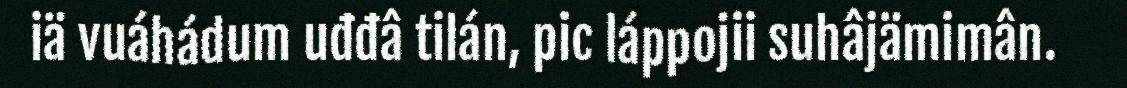
iä vuáhádum uđđâ tilán, pic láppojii suhâjämimân.